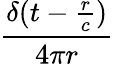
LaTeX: \frac{\delta(t-{\frac{r}{c}})}{4\pi r}